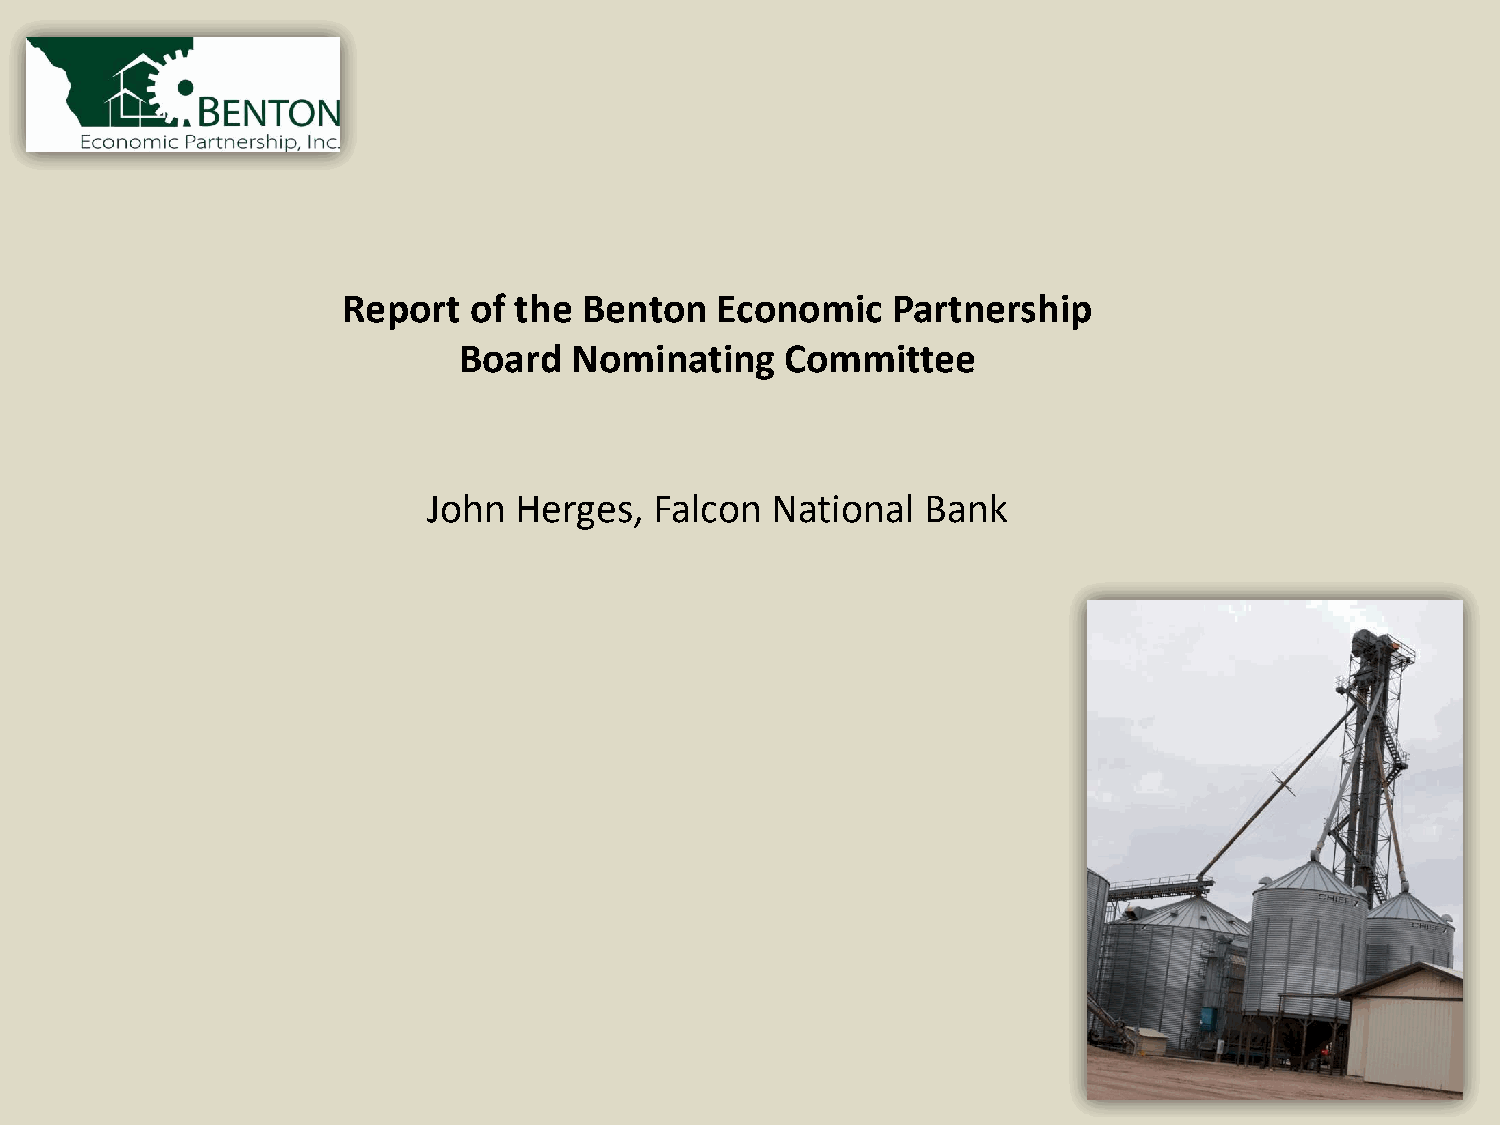
Report  of the  Benton  Economic    Partnership
 Board   Nominating    Committee
 John  Herges,  Falcon  National  Bank